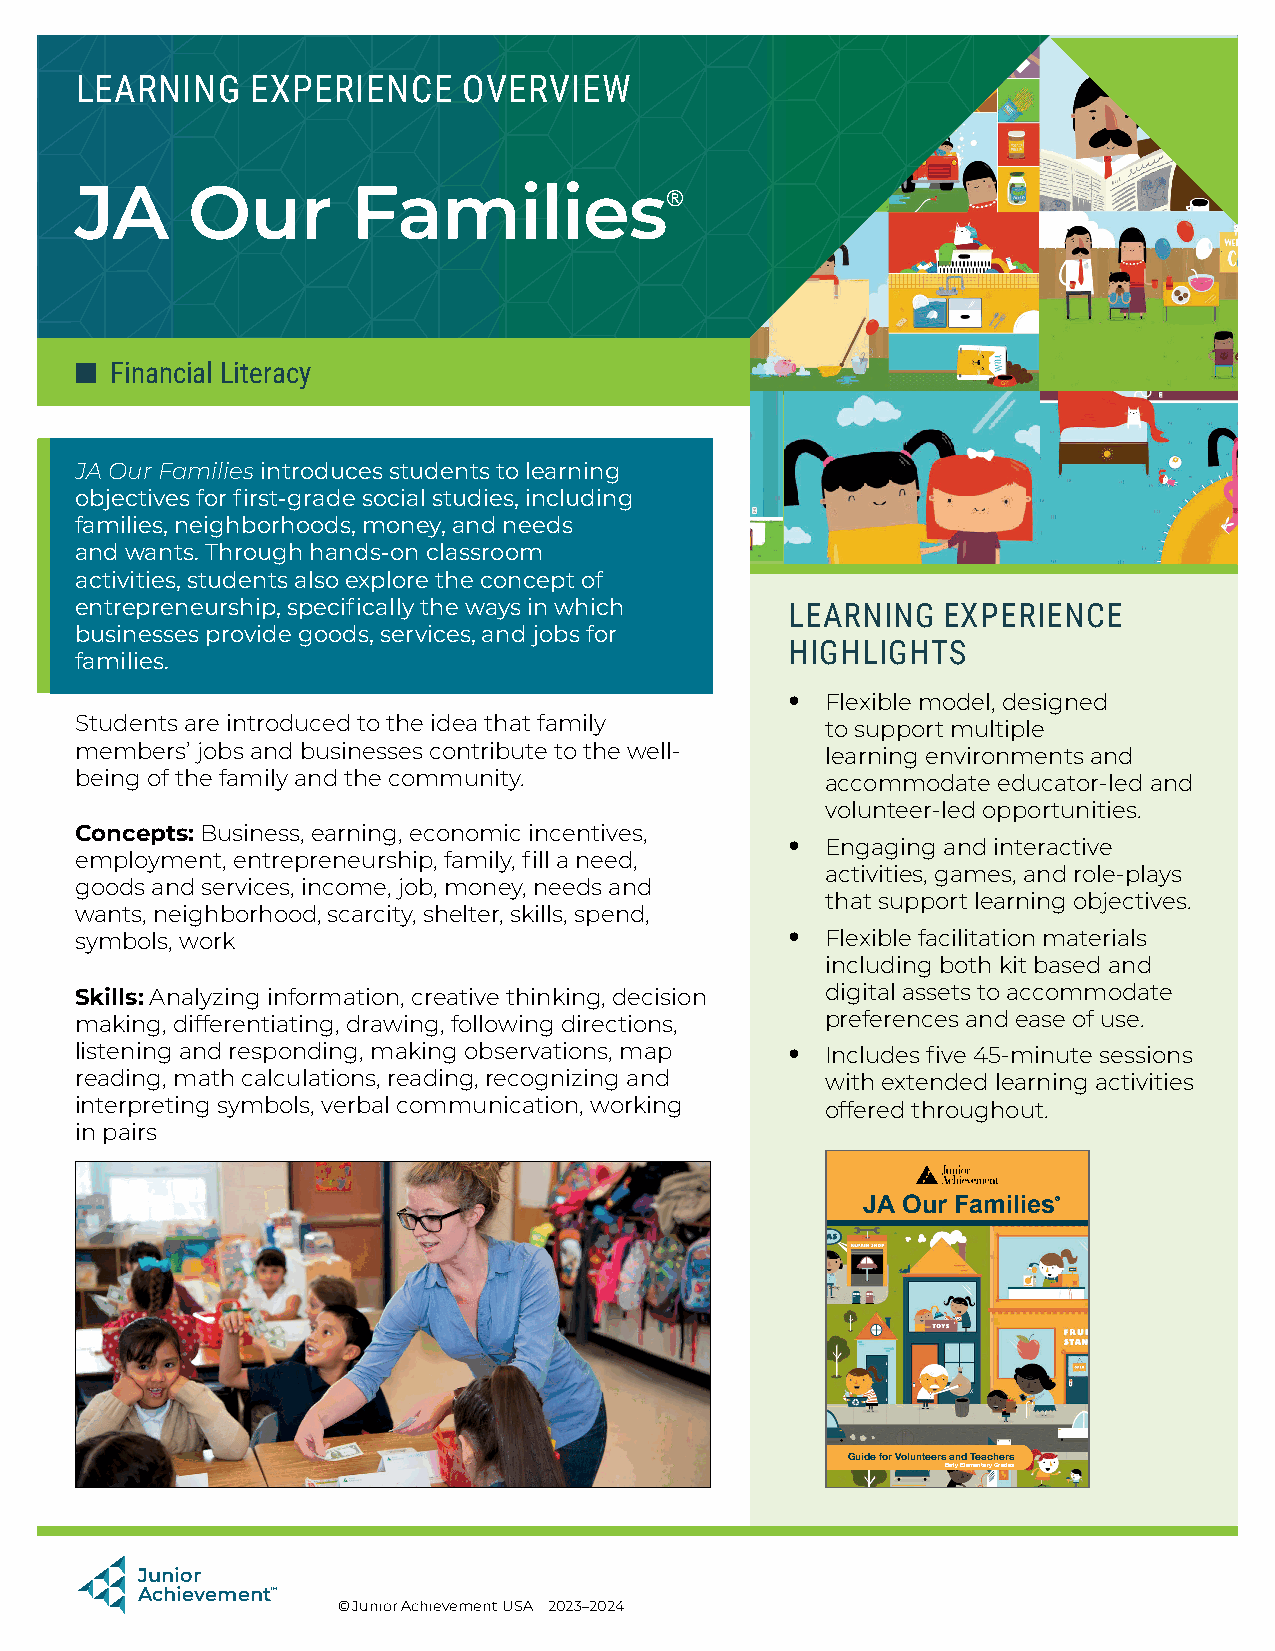
LEARNING    EXPERIENCE    OVERVIEW
 JA     Our        Families®
 ■ Financial Literacy
 JA Our Families introduces students to learning
 objectives for first-grade social studies, including
 families, neighborhoods, money, and needs
 and wants. Through hands-on classroom
 activities, students also explore the concept of
 entrepreneurship, specifically the ways in which LEARNING EXPERIENCE
 businesses provide goods, services, and jobs for
 HIGHLIGHTS
 families.
 •
 Flexible model, designed
 Students are introduced to the idea that family   to support multiple
 members’ jobs and businesses contribute to the well- learning environments and
 being of the family and the community.            accommodate educator-led and
 volunteer-led opportunities.
 Concepts: Business, earning, economic incentives,
 •
 Engaging and interactive
 employment, entrepreneurship, family, fill a need,
 activities, games, and role-plays
 goods and services, income, job, money, needs and
 that support learning objectives.
 wants, neighborhood, scarcity, shelter, skills, spend,
 •
 symbols, work                                     Flexible facilitation materials
 including both kit based and
 Skills: Analyzing information, creative thinking, decision digital assets to accommodate
 making, differentiating, drawing, following directions, preferences and ease of use.
 listening and responding, making observations, map • Includes five 45-minute sessions
 reading, math calculations, reading, recognizing and with extended learning activities
 interpreting symbols, verbal communication, working offered throughout.
 in pairs
 JA Our Families®
 Guide for Volunteers and Teachers
 Early Elementary Grades
 E101_Guide_for_Volunteers_and_Teachers.indd 1 7/8/19 5:13 PM
 Junior
 Achievement™
 © Junior Achievement USA 2023–2024